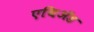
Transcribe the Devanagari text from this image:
एथिॲड